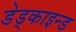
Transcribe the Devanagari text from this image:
डेड्काइन्ड